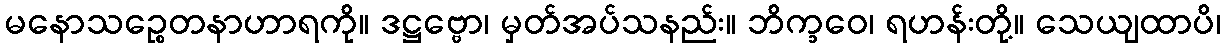
မနောသဉ္စေတနာဟာရကို။ ဒဋ္ဌဗ္ဗော၊ မှတ်အပ်သနည်း။ ဘိက္ခဝေ၊ ရဟန်းတို့။ သေယျထာပိ၊